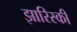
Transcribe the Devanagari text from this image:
झारिस्की